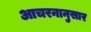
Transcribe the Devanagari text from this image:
आचरनानुसार